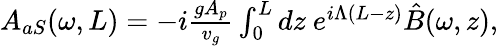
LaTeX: \begin{array}{r}{A_{aS}(\omega,L)=-i\frac{gA_{p}}{v_{g}}\int_{0}^{L}dz\ e^{i\Lambda(L-z)}\hat{B}(\omega,z),}\end{array}